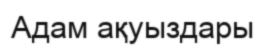
Адам ақуыздары